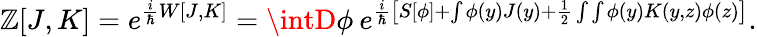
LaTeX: \mathbb{Z}[J,K]=e^{\frac{{i}}{{\hbar}}W[J,K]}=\intD\phi\: e^{\frac{{i}}{{\hbar}}\left[S[\phi]+\int\phi(y)J(y)+\frac{{1}}{{2}}\int\int\phi(y)K(y,z)\phi(z)\right]}.